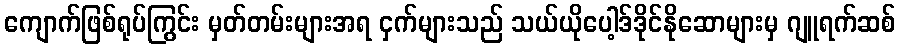
ကျောက်ဖြစ်ရုပ်ကြွင်း မှတ်တမ်းများအရ ငှက်များသည် သယ်ယိုပေါ့ဒ်ဒိုင်နိုဆောများမှ ဂျူရက်ဆစ်